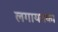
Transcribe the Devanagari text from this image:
लगायतका